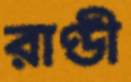
রাণ্ডী